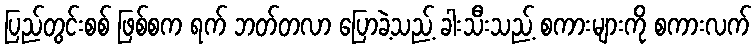
ပြည်တွင်းစစ် ဖြစ်စက ရက် ဘတ်တလာ ပြောခဲ့သည့် ခါးသီးသည့် စကားများကို စကားလက်